Civil Veterinary Dept. Bombay admin report 1914-1922 - 1914-1922
Year: 1914
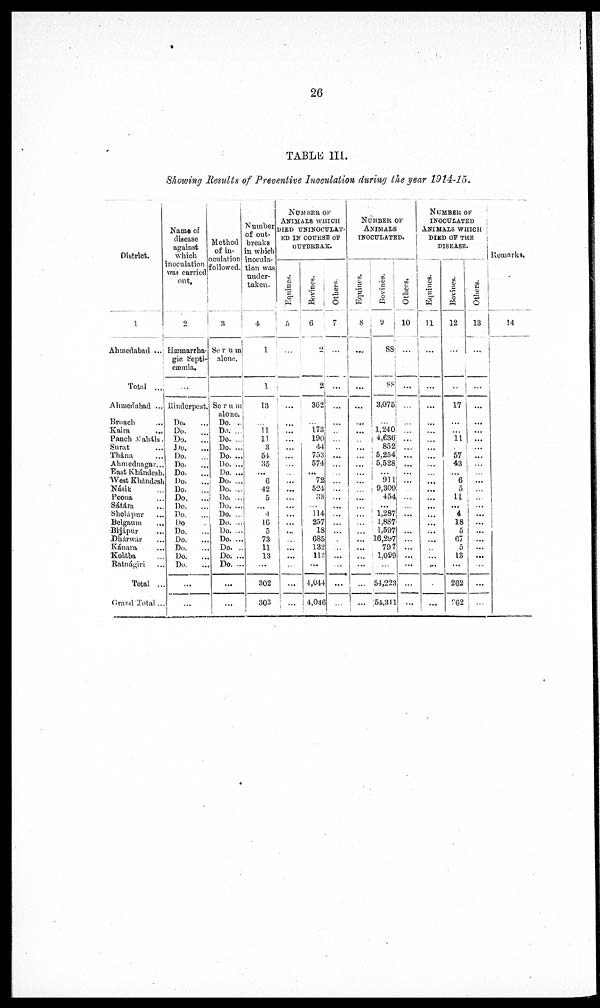
26
TABLE III.
Showing Results of Preventive Inoculation during the year 1914-15.
District.
1
Ahmedabad ...
Total ...
Ahmedabad ...
Broach ...
Kaira ...
Panch Maháls.
Surat ...
Thána ...
Ahmedangar ...
East Khándesh.
West Khándesh
Násik ...
Poona ...
Sátárn ...
Sholápur ...
Belgaum ...
Bijápur ...
Dhárwar ...
Kánara ...
Kolába ...
Ratnágiri ...
Total ...
Grand Total ...
Name of
disease
against
which
inoculation
was carried
out.
2
Hæmarrha-
gic Septi-
cæmia.
...
Rinderpest.
Do. ...
Do.
...
Do.
...
Do. ...
Do. ...
Do.
...
Do.
...
Do.
...
Do.
...
Do.
...
Do.
...
Do.
...
Do. ...
Do.
...
Do.
...
Do. ...
Do.
...
Do. ...
...
...
Method
of in-
oculation
followed.
3
Serum
alone.
Serum
alone.
Do. ...
Do. ...
Do. ...
Do. ...
Do. ...
Do. ...
Do. ...
Do. ...
Do. ...
Do. ...
Do. ...
Do. ...
Do. ...
Do. ...
Do. ...
Do. ...
Do. ...
Do. ...
...
...
Number
of out-
breaks
in which
inocula-
tion was
under-
taken.
4
1
1
13
...
11
11
3
54
35
...
6
42
5
...
4
16
5
73
11
13
...
302
303
NUMBER OF
ANIMALS WHICH
DIED UNINOCULAT-
ED IN COURSE OF
OUTBREAKS.
Equine.
5
...
...
...
...
...
...
...
...
...
...
...
... ... ...
...
...
...
...
...
...
..
...
...
Bovines.
6
2
2
362
...
173
190
44
753
574
...
72
524
33
...
114
257
18
685
132
113
...
4,044
4,046
Others.
7
...
...
...
....
...
...
...
...
...
...
...
..
...
...
...
...
...
...
...
...
...
...
...
...
NUMBER OF
ANIMALS
INOCULATED.
Equines.
8
...
...
....
...
...
...
...
...
...
...
....
....
...
...
...
...
...
...
...
...
...
...
...
...
Bovines.
9
88
88
3,075
...
...
1,240
4,636
852
5,254
5,528
...
911
9,309
454
...
1,287
1,887
1,597
16,297
797
1,099
...
54,223
54,311
Others.
10
...
...
...
...
...
...
...
...
...
...
...
...
...
...
...
...
...
...
...
...
...
...
...
...
NUMBER OF
INOCULATED
ANIMALS WHICH
DIED OF THE
DISEASE.
Equines.
11
...
...
...
...
...
...
...
...
...
...
...
...
...
...
...
...
...
...
...
...
...
...
...
Bovines.
12
...
...
17
...
...
11
...
57
43
...
6
5
11
...
4
18
5
67
5
13
...
262
262
Others.
13
...
...
...
...
...
...
...
...
...
...
...
...
...
...
...
...
...
...
...
...
...
...
Remarks.
14